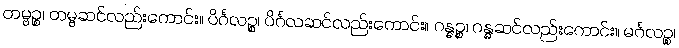
တမ္ဗဉ္စ၊ တမ္ဗဆင်လည်းကောင်း။ ပိင်္ဂလဉ္စ၊ ပိင်္ဂလဆင်လည်းကောင်း။ ဂန္ဓဉ္စ၊ ဂန္ဓဆင်လည်းကောင်း။ မင်္ဂလဉ္စ၊